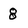
Character: 8